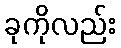
ခုကိုလည်း